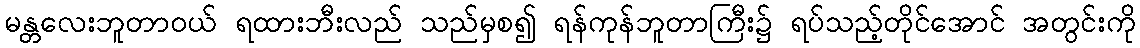
မန္တလေးဘူတာဝယ် ရထားဘီးလည် သည်မှစ၍ ရန်ကုန်ဘူတာကြီး၌ ရပ်သည့်တိုင်အောင် အတွင်းကို